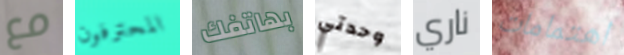
مع المحترفون بهاتفك وحدتي ناري اهتمامات